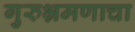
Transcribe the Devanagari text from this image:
गुरुभ्रमणाचा